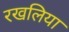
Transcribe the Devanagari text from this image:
रखलिया